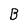
Character: B